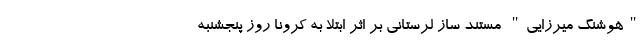
"هوشنگ میرزایی" مستند ساز لرستانی بر اثر ابتلا به کرونا روز پنجشنبه